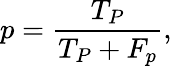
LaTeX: p=\frac{T_{P}}{T_{P}+F_{p}},